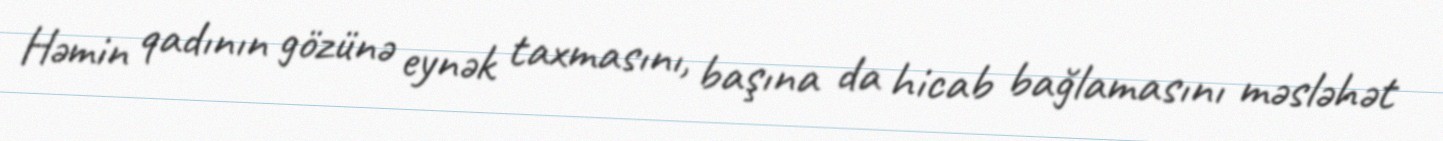
Həmin qadının gözünə eynək taxmasını, başına da hicab bağlamasını məsləhət